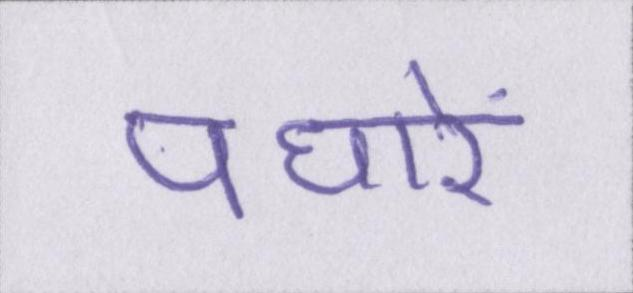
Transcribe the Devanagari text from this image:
पधारें